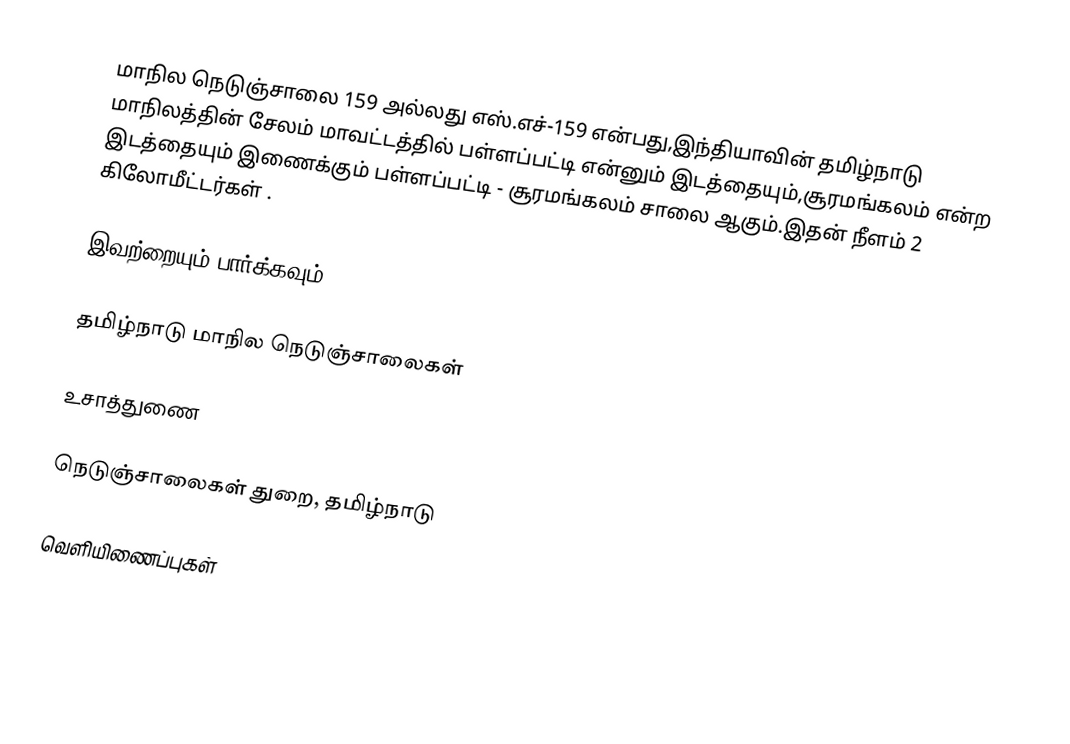
மாநில நெடுஞ்சாலை 159 அல்லது எஸ்.எச்-159  என்பது,இந்தியாவின் தமிழ்நாடு மாநிலத்தின்  சேலம் மாவட்டத்தில்  பள்ளப்பட்டி  என்னும் இடத்தையும்,சூரமங்கலம்  என்ற இடத்தையும் இணைக்கும் பள்ளப்பட்டி - சூரமங்கலம் சாலை ஆகும்.இதன் நீளம் 2  கிலோமீட்டர்கள் .

இவற்றையும் பார்க்கவும்

 தமிழ்நாடு மாநில நெடுஞ்சாலைகள்

உசாத்துணை

 நெடுஞ்சாலைகள் துறை, தமிழ்நாடு

வெளியிணைப்புகள்